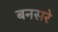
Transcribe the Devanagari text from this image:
बनसरे